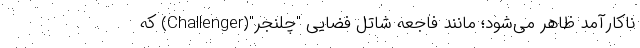
ناکارآمد ظاهر می‌شود؛ مانند فاجعه شاتل فضایی "چلنجر"(Challenger) که